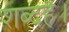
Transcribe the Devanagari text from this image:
शब्दहै।